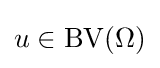
u\in \operatorname {\operatorname {BV} } (\Omega )